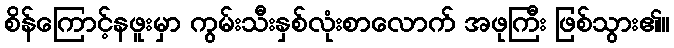
စိန်ကြောင့်နဖူးမှာ ကွမ်းသီးနှစ်လုံးစာလောက် အဖုကြီး ဖြစ်သွား၏။